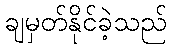
ချမှတ်နိုင်ခဲ့သည်